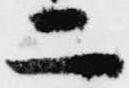
二